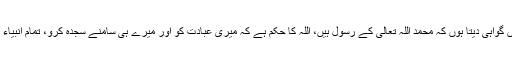
اللہ تعالیٰ سے ڈرو، جس طرح ڈرنے کا حق ہے، میں گواہی دیتا ہوں کہ محمدؐ اللہ تعالیٰ کے رسول ہیں، اللہ کا حکم ہے کہ میری عبادت کو اور میرے ہی سامنے سجدہ کرو، تمام انبیاء کو اللہ تعالیٰ نے توحید کی دعوت دینے کیلئے بھیجا۔